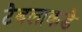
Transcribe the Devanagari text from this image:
टेबलाकडे